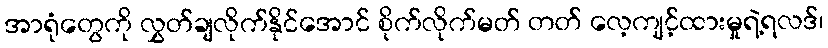
အာရုံတွေကို လွှတ်ချလိုက်နိုင်အောင် စိုက်လိုက်မတ် တတ် လေ့ကျင့်ထားမှုရဲ့ရလဒ်၊